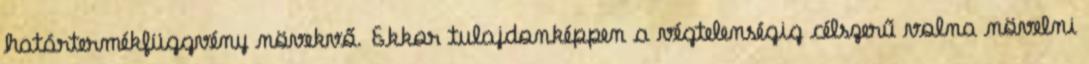
határtermékfüggvény növekvő. Ekkor tulajdonképpen a végtelenségig célszerű volna növelni